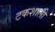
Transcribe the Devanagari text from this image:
टकशाली